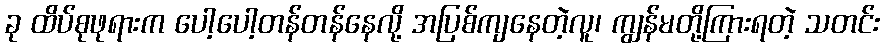
ခု ထိပ်စုဖုရားက ပေါ့ပေါ့တန်တန်နေလို့ အပြစ်ကျနေတဲ့လူ၊ ကျွန်မတို့ကြားရတဲ့ သတင်း